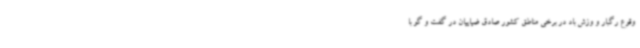
وقوع رگبار و وزش باد در برخی مناطق کشور صادق ضیاییان در گفت و گو با